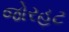
જોરહટ